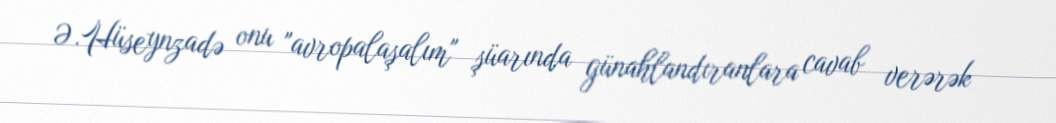
Ə.Hüseynzadə onu "avropalaşalım" şüarında günahlandıranlara cavab verərək